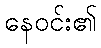
နေဝင်း၏